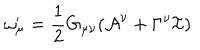
LaTeX: \omega _ { \mu } ^ { \prime } = \frac { 1 } { 2 } G _ { \mu \nu } ( \mathcal { A } ^ { \nu } + \Gamma ^ { \nu } \mathcal { I } )